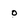
Character: o